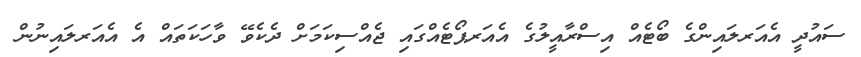
ސައުދީ އެއަރލައިންގެ ބޯޓެއް އިސްރާއީލުގެ އެއަރޕޯޓެއްގައި ޖެއްސިކަމަށް ދެކެވޭ ވާހަކަތައް އެ އެއަރލައިނުން